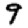
Digit: 9